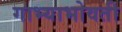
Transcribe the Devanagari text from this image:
गाभ्याभोवती